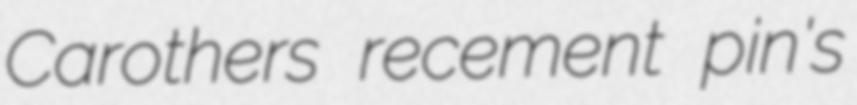
Carothers recement pin's